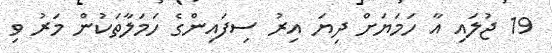
19 ޖުލައި އާ ހަމަޔަށް ދިޔަ އިރު ސިފައިންގެ ހަމަލާތަކުން މަރު ވި